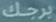
برجك